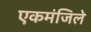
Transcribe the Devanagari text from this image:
एकमंजिले